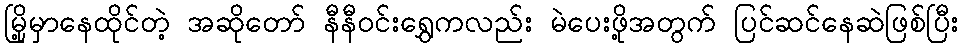
မြို့မှာနေထိုင်တဲ့ အဆိုတော် နီနီဝင်းရွှေကလည်း မဲပေးဖို့အတွက် ပြင်ဆင်နေဆဲဖြစ်ပြီး